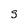
Character: g